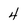
Character: 4